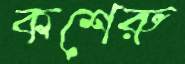
কশেরু